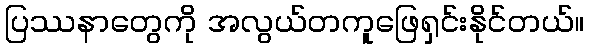
ပြဿနာတွေကို အလွယ်တကူဖြေရှင်းနိုင်တယ်။